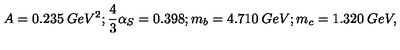
A = 0 . 2 3 5 \: G e V ^ { 2 } ; \frac { 4 } { 3 } \alpha _ { S } = 0 . 3 9 8 ; m _ { b } = 4 . 7 1 0 \: G e V ; m _ { c } = 1 . 3 2 0 \: G e V ,